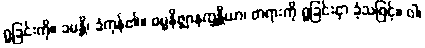
ရှုခြင်းကို။ ခမန္တိ၊ ခံကုန်၏။ ဓမ္မနိဇ္ဈာနက္ခန္တိယာ၊ တရားကို ရှုခြင်းငှာ ခံ့သဖြင့်။ ဝါ၊